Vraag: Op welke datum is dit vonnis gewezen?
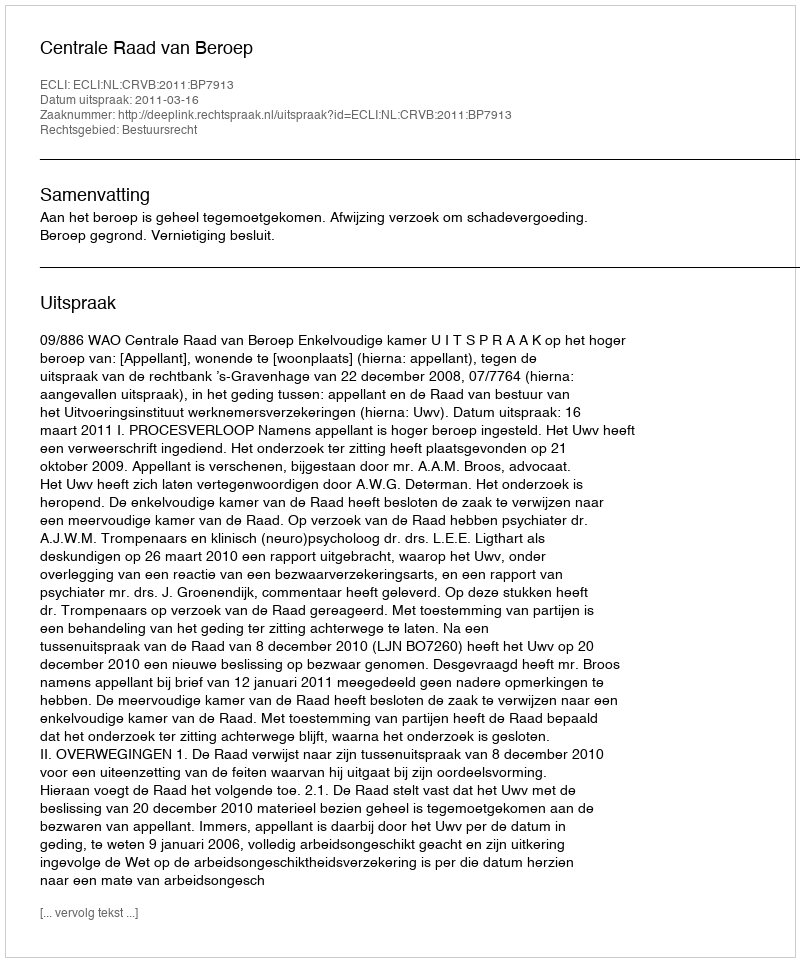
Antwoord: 2011-03-16